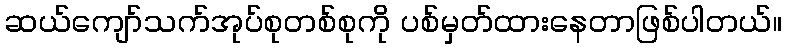
ဆယ်ကျော်သက်အုပ်စုတစ်စုကို ပစ်မှတ်ထားနေတာဖြစ်ပါတယ်။